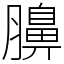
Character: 䑄